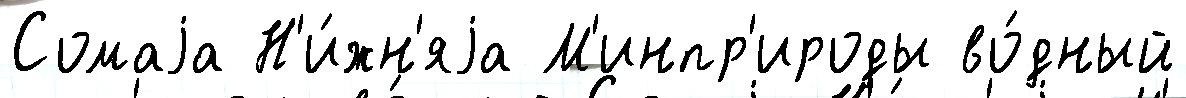
Сомаjа Н'и́жн'яjа М'инпр'ироды во́дный